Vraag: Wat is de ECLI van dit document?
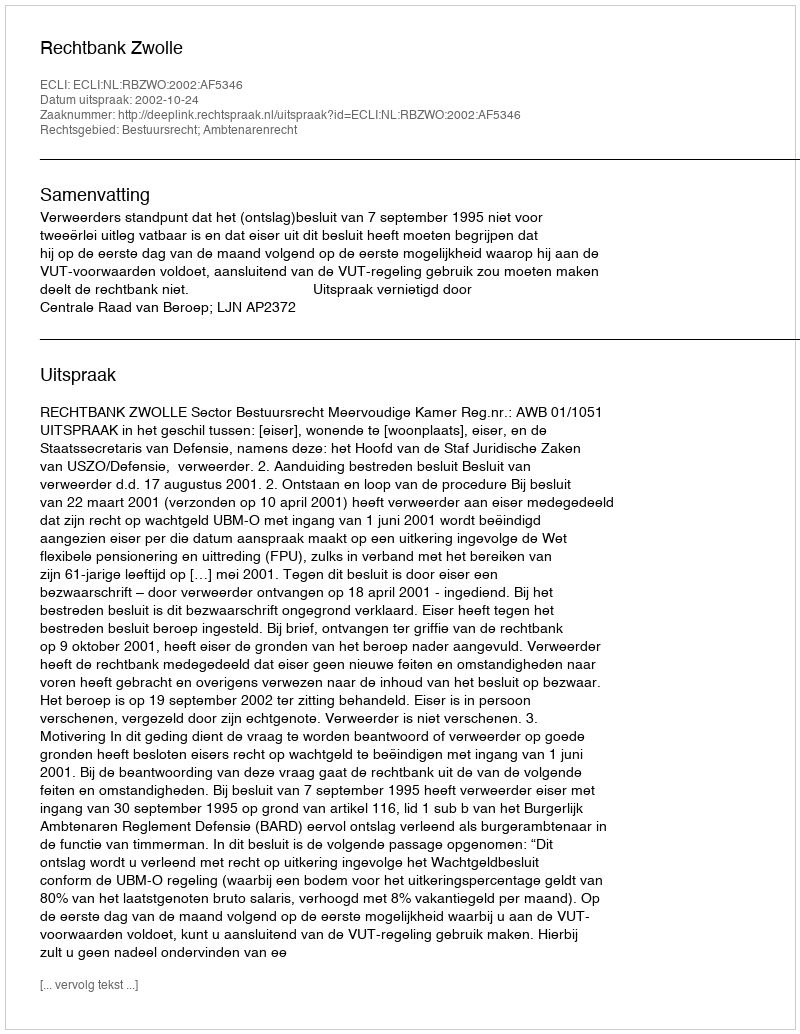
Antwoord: ECLI:NL:RBZWO:2002:AF5346